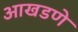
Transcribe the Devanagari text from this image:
आखडणे